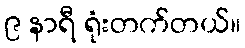
၉ နာရီ ရုံးတက်တယ်။